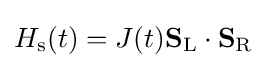
H_{\rm {s}}(t)=J(t)\mathbf {S} _{\rm {L}}\cdot \mathbf {S} _{\rm {R}}